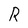
Character: R